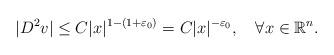
LaTeX: \begin{align*} |D^2v|\leq C|x|^{1-(1+\varepsilon_0)}=C|x|^{-\varepsilon_0},\quad\forall x\in\mathbb{R}^n. \end{align*}